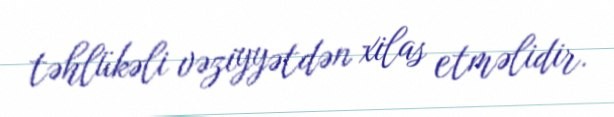
təhlükəli vəziyyətdən xilas etməlidir.